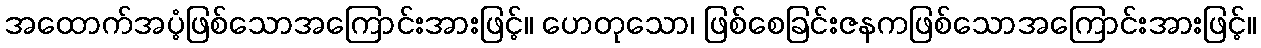
အထောက်အပံ့ဖြစ်သောအကြောင်းအားဖြင့်။ ဟေတုသော၊ ဖြစ်စေခြင်းဇနကဖြစ်သောအကြောင်းအားဖြင့်။